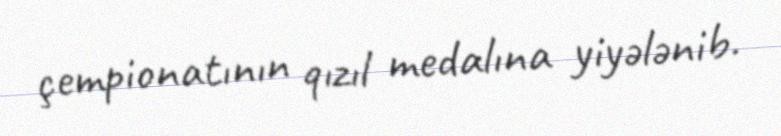
çempionatının qızıl medalına yiyələnib.